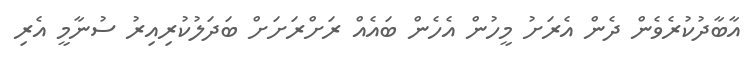
އާބާދުކުރެވެން ދެން އެރަށު މީހުން އެހެން ބައެއް ރަށްރަށަށް ބަދަލުކުރިއިރު ސުނާމީ އެރި